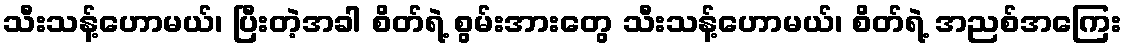
သီးသန့်ဟောမယ်၊ ပြီးတဲ့အခါ စိတ်ရဲ့ စွမ်းအားတွေ သီးသန့်ဟောမယ်၊ စိတ်ရဲ့ အညစ်အကြေး